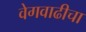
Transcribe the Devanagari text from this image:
वेगवाढीचा